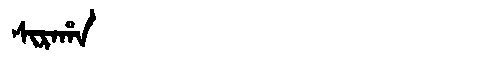
Manchu: ᠰᡳᡵᠠᡥᠠ
Romanization: SIRAHA